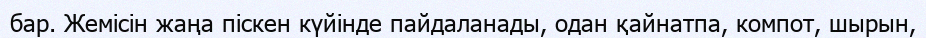
бар. Жемісін жаңа піскен күйінде пайдаланады, одан қайнатпа, компот, шырын,